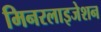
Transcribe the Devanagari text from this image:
मिनरलाइजेशन